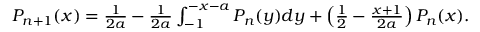
\begin{array} { r } { P _ { n + 1 } ( x ) = \frac { 1 } { 2 a } - \frac { 1 } { 2 a } \int _ { - 1 } ^ { - x - a } P _ { n } ( y ) d y + \left( \frac { 1 } { 2 } - \frac { x + 1 } { 2 a } \right) P _ { n } ( x ) . } \end{array}